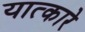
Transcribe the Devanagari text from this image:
यात्कारे